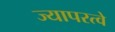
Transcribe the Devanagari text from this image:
ज्यापरत्वे